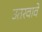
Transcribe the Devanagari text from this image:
उतरवावे